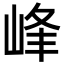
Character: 峰